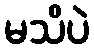
မသိပဲ